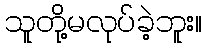
သူတို့မလုပ်ခဲ့ဘူး။